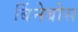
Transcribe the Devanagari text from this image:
बिंनेबोस